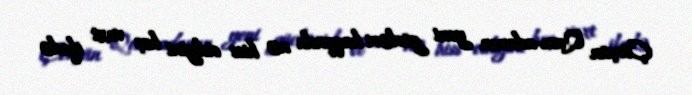
Çörçün Qum-adamın yeni gücləri haqqında nə hiss etdiyini heç vaxt ifadə